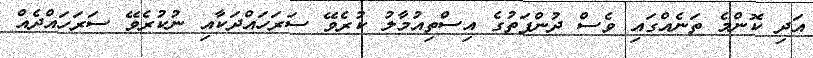
އަދި ކޮންމެ ތަނެއްގައި ވެސް ދުންފަތުގެ އިސްތިއުމާލު ކުރެވޭ ސަރަހައްދަކާއި ނުކުރެވޭ ސަރަހައްދެއް